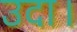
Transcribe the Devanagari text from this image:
उदा।